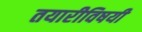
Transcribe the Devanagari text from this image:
तयारीविषयी